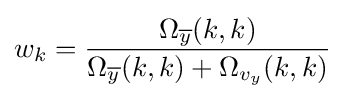
w_{k}={\frac {\Omega _{\overline {y}}(k,k)}{\Omega _{\overline {y}}(k,k)+\Omega _{v_{y}}(k,k)}}